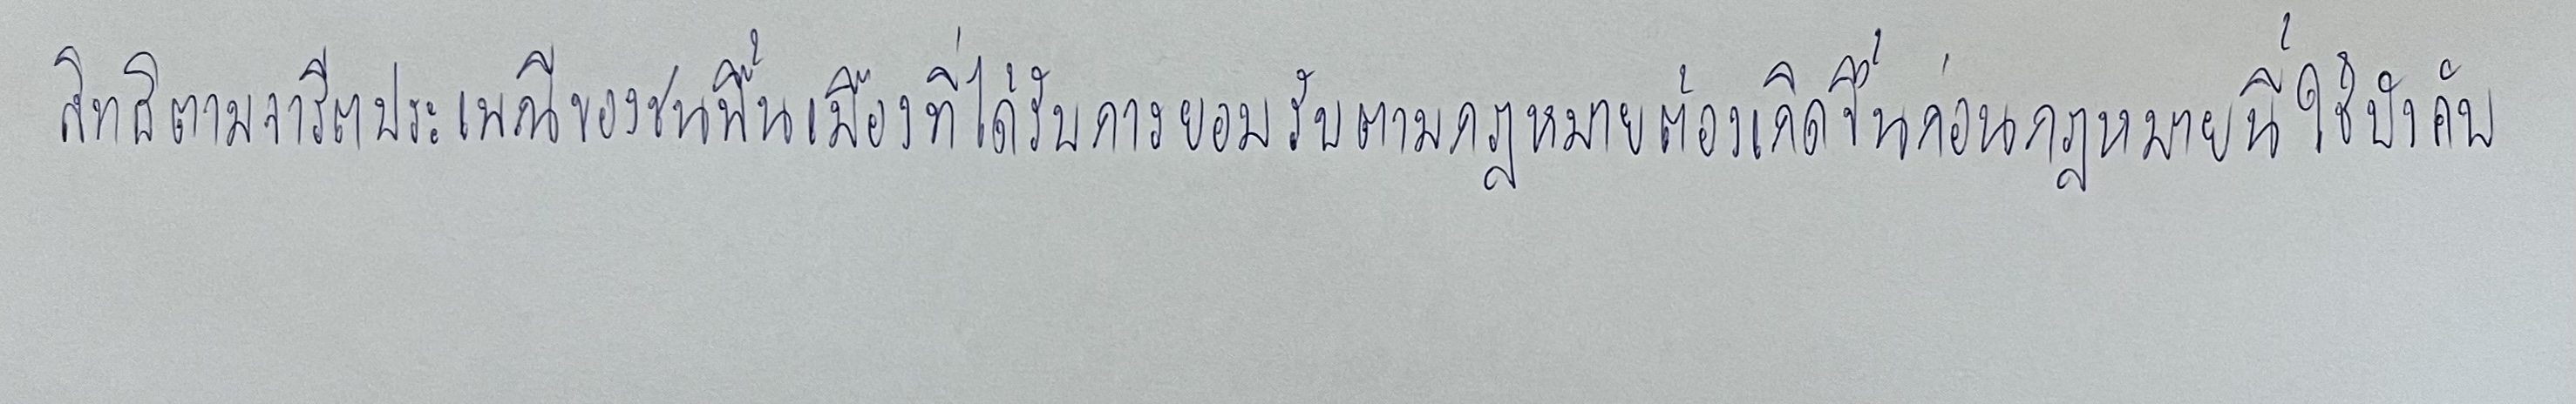
สิทธิตามจารีตประเพณีของชนพื้นเมืองที่ได้รับการยอมรับตามกฎหมายต้องเกิดขึ้นก่อนกฎหมายนี้ใช้บังคับ